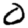
Digit: 0